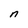
Character: n